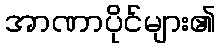
အာဏာပိုင်များ၏